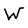
Character: W